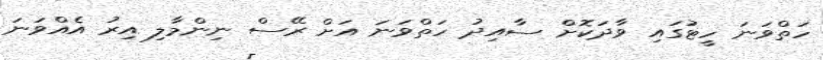
ހަތްވަނަ ހީޓުގައި ވާދަކޮށް ސާއިދު ހަތްވަނަ އަށް ރޭސް ނިންމާލި އިރު އެއްވަނަ